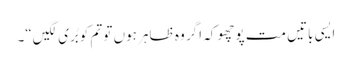
ایسی باتیں مت پوچھو کہ اگر وہ ظاہر ہوں تو تم کو بُری لگیں“۔